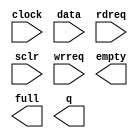
module syncfifo_512x32 (
	clock,
	data,
	rdreq,
	sclr,
	wrreq,
	empty,
	full,
	q);

	input	  clock;
	input	[31:0]  data;
	input	  rdreq;
	input	  sclr;
	input	  wrreq;
	output	  empty;
	output	  full;
	output	[31:0]  q;

endmodule